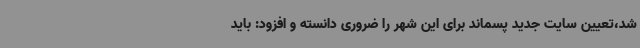
شد،تعیین سایت جدید پسماند برای این شهر را ضروری دانسته و افزود: باید